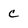
Character: C